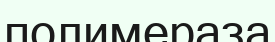
полимераза